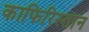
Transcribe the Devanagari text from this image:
काफिरिस्तान